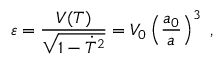
\varepsilon = { \frac { V ( T ) } { \sqrt { 1 - \dot { T } ^ { 2 } } } } = V _ { 0 } \left( { \frac { a _ { 0 } } { a } } \right) ^ { 3 } \ ,